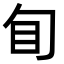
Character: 䀏